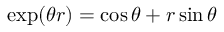
\exp ( \theta r ) = \cos \theta + r \sin \theta